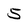
Character: 5